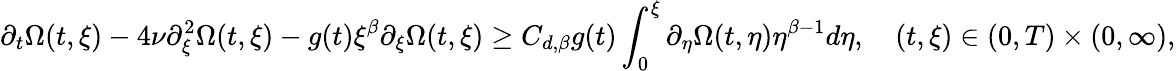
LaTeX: \partial_{t}\Omega(t,\xi)-4\nu\partial_{\xi}^{2}\Omega(t,\xi)-g(t)\xi^{\beta}\partial_{\xi}\Omega(t,\xi)\geq C_{d,\beta}g(t)\int_{0}^{\xi}\partial_{\eta}\Omega(t,\eta)\eta^{\beta-1}d\eta,\quad(t,\xi)\in(0,T)\times(0,\infty),